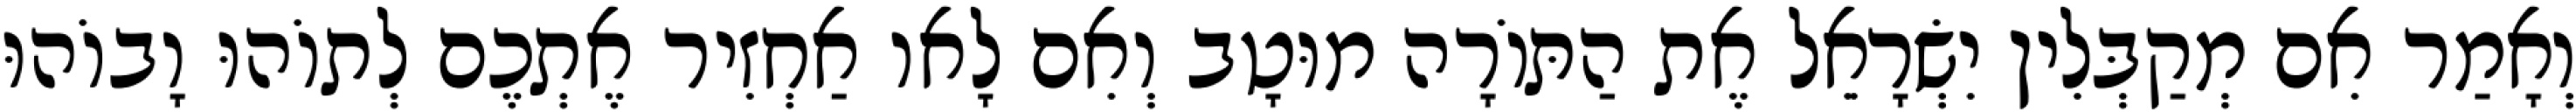
וְאָמַר אִם מְקַבְּלִין יִשְׂרָאֵל אֶת הַתּוֹרָה מוּטָב וְאִם לָאו אַחְזִיר אֶתְכֶם לְתוֹהוּ וָבוֹהוּ